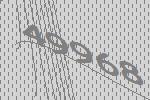
49968